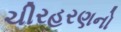
ચીરહરણનો